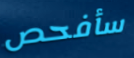
سأفحص